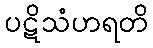
ပဋိသံဟရတိ